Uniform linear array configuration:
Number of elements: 32
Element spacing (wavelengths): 1
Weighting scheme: hamming
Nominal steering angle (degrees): -60
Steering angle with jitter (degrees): -58.864
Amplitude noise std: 0.05
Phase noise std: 0.05

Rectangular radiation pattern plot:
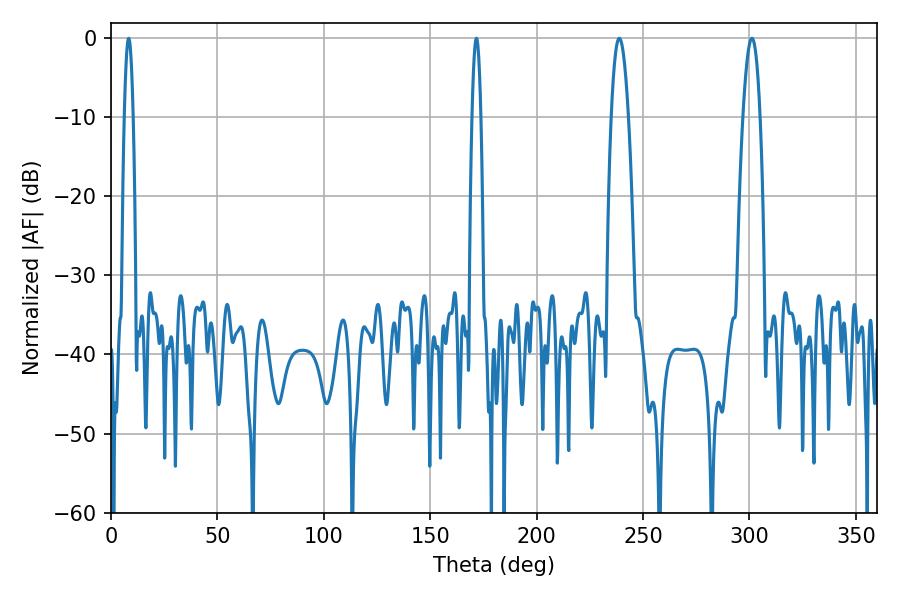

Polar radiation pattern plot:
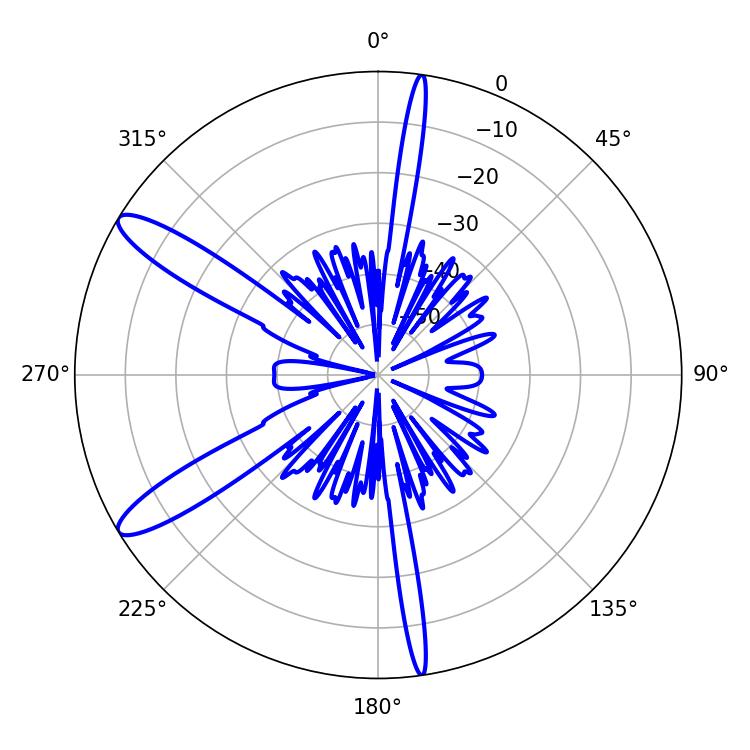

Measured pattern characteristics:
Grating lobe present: TRUE
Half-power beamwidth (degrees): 4.5
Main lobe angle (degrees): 238.86